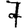
Digit: 7